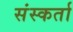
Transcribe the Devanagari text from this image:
संस्कर्ता